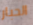
الحبار